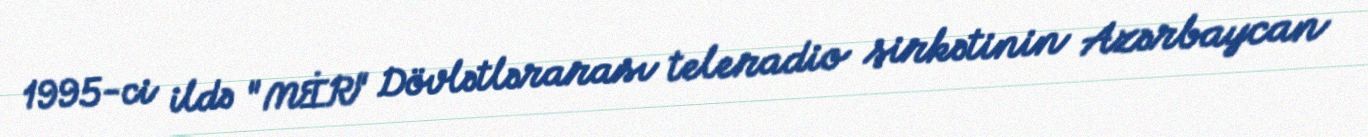
1995-ci ildə "MİR" Dövlətlərarası teleradio şirkətinin Azərbaycan